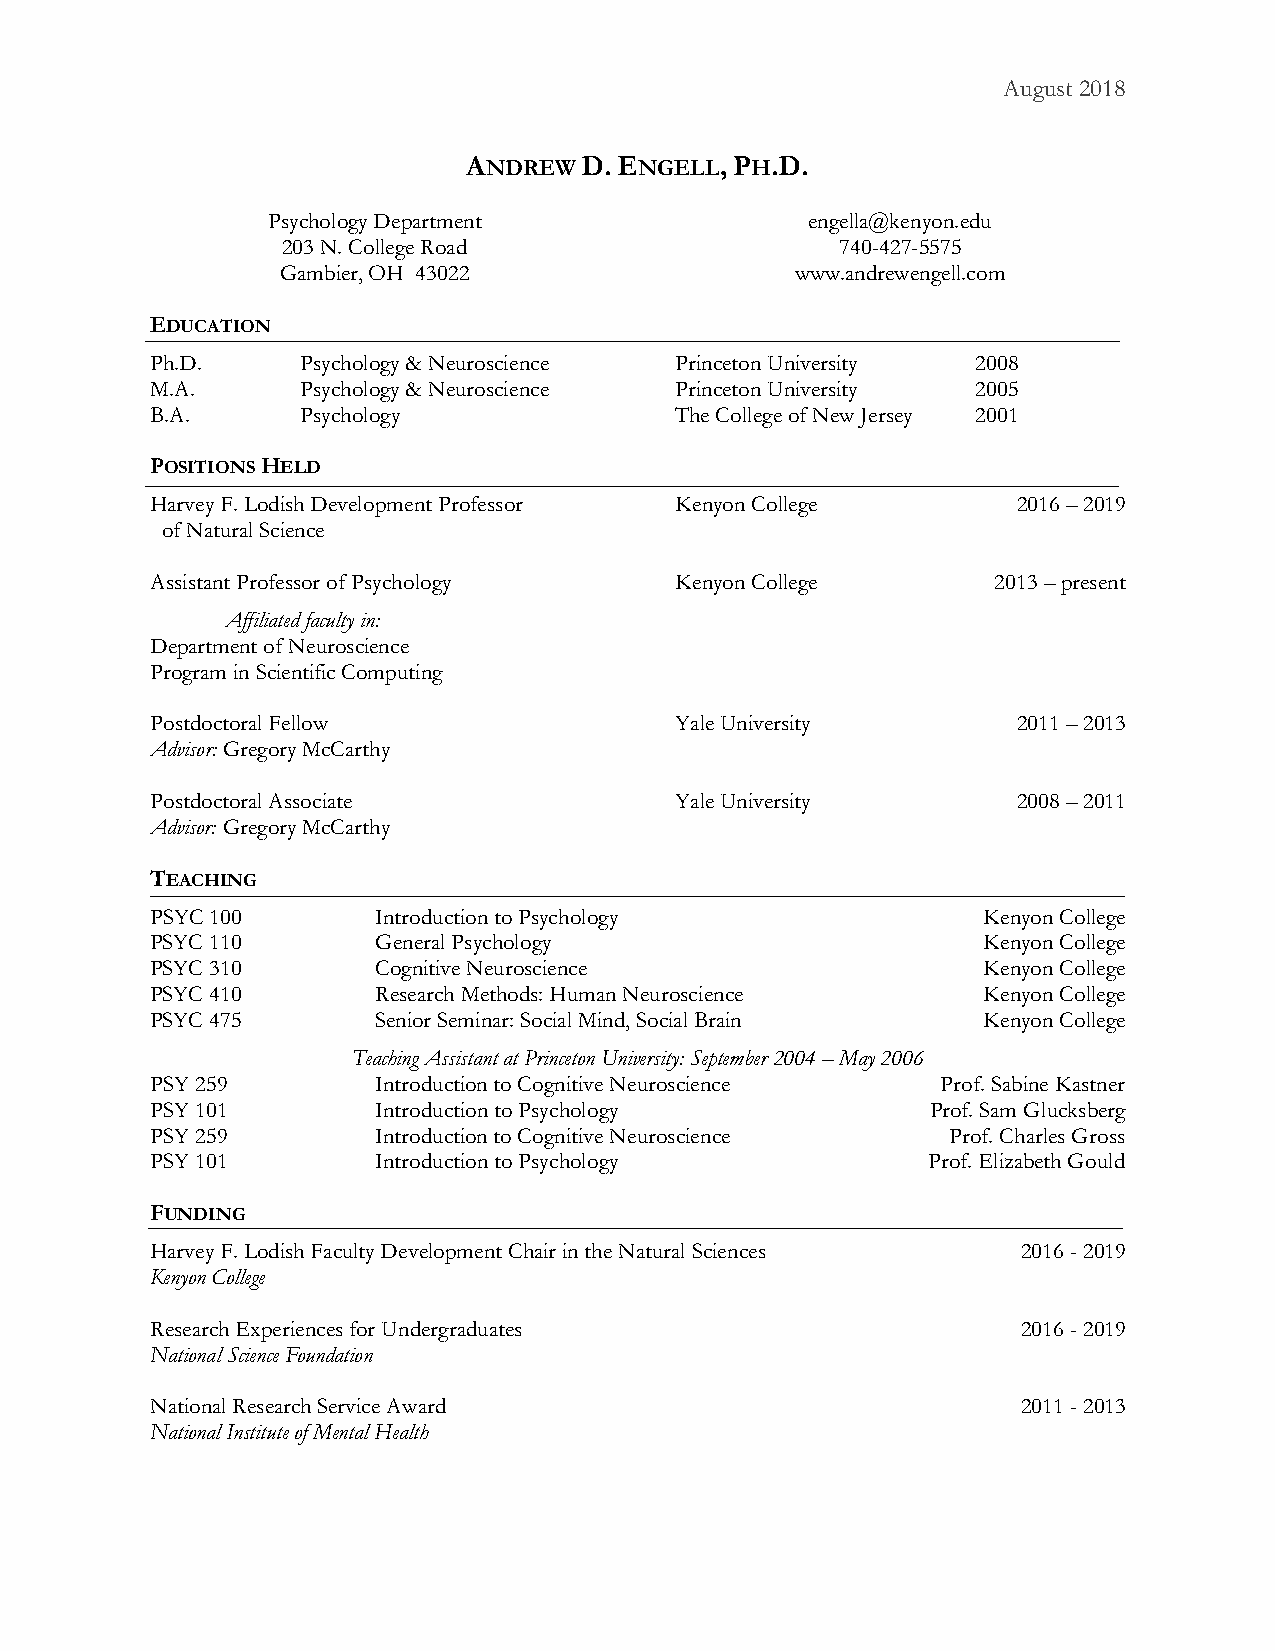
August 2018
 ANDREW D. ENGELL, PH.D.
 Psychology Department               engella@kenyon.edu
 203 N. College Road                  740-427-5575
 Gambier, OH 43022                 www.andrewengell.com
 EDUCATION
 Ph.D.     Psychology & Neuroscience Princeton University 2008
 M.A.      Psychology & Neuroscience Princeton University 2005
 B.A.      Psychology               The College of New Jersey 2001
 POSITIONS HELD
 Harvey F. Lodish Development Professor Kenyon College    2016 – 2019
 of Natural Science
 Assistant Professor of Psychology  Kenyon College       2013 – present
 Affiliated faculty in:
 Department of Neuroscience
 Program in Scientific Computing
 Postdoctoral Fellow                Yale University       2011 – 2013
 Advisor: Gregory McCarthy
 Postdoctoral Associate             Yale University       2008 – 2011
 Advisor: Gregory McCarthy
 TEACHING
 PSYC 100       Introduction to Psychology              Kenyon College
 PSYC 110       General Psychology                      Kenyon College
 PSYC 310       Cognitive Neuroscience                  Kenyon College
 PSYC 410       Research Methods: Human Neuroscience    Kenyon College
 PSYC 475       Senior Seminar: Social Mind, Social Brain Kenyon College
 Teaching Assistant at Princeton University: September 2004 – May 2006
 PSY 259        Introduction to Cognitive Neuroscience Prof. Sabine Kastner
 PSY 101        Introduction to Psychology           Prof. Sam Glucksberg
 PSY 259        Introduction to Cognitive Neuroscience Prof. Charles Gross
 PSY 101        Introduction to Psychology          Prof. Elizabeth Gould
 FUNDING
 Harvey F. Lodish Faculty Development Chair in the Natural Sciences 2016 - 2019
 Kenyon College
 Research Experiences for Undergraduates                   2016 - 2019
 National Science Foundation
 National Research Service Award                           2011 - 2013
 National Institute of Mental Health